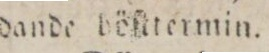
dande böſttermin.